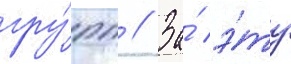
гру́пп // За́ э́ту